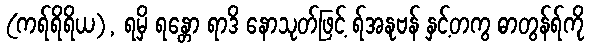
(ကရ်ရိရိယ), ရမှိ ရန္တော ရာဒိ နောသုတ်ဖြင့် ရ်အနုဗန် နှင့်တကွ ဓာတွန်ရ်ကို